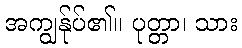
အကျွန်ုပ်၏။ ပုတ္တာ၊ သား